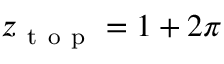
z _ { \mathrm { ~ t ~ o ~ p ~ } } = 1 + 2 \pi